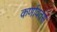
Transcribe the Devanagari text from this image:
कर्णावतंस